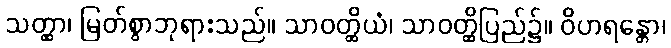
သတ္ထာ၊ မြတ်စွာဘုရားသည်။ သာဝတ္ထိယံ၊ သာဝတ္ထိပြည်၌။ ဝိဟရန္တော၊